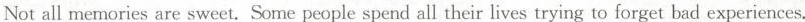
Not all memories are sweet.Some people spend all their lives trying to forget bad experiences.